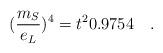
LaTeX: \begin{align*}(\frac{m_{S}}{e_{L}})^{4}=t^2 0.9754\quad .\end{align*}